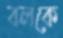
বলকে